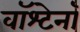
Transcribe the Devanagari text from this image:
वॉश्टेनॉ